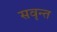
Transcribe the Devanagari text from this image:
सवृन्त